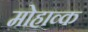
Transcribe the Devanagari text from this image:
मोहाव्क